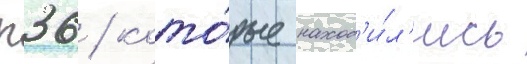
п36 / кото́рые наход'и́л'ись